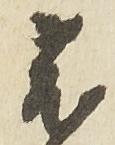
菟